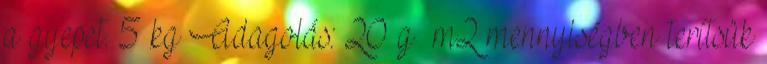
a gyepet. 5 kg Adagolás: 20 g m2 mennyiségben terítsük